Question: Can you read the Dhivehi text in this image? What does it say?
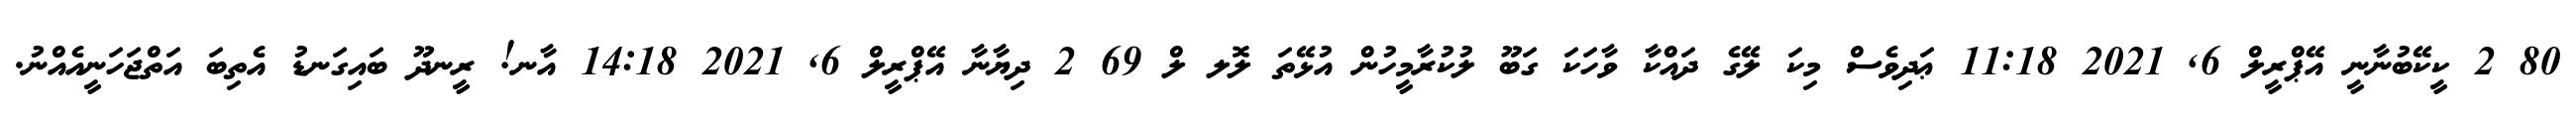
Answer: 80 2 ކީކޭބުނާނީ އޭޕްރީލް 6, 2021 11:18 ޢަދިވެސް މިކަ ލޭގެ ދައްކާ ވާހަކަ ގަބޫ ލުކުރާމީހުން އުޅޭތަ ލޮލ ލް 69 2 ދިޔާނާ އޭޕްރީލް 6, 2021 14:18 އާނ! ރީނދޫ ބައިގަނޑު އެތިބަ އަތްޖަހަނީއެއްނު.